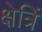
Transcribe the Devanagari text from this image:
क्षेत्रिं